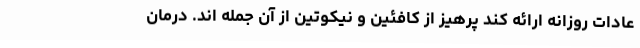
عادات روزانه ارائه کند پرهیز از کافئین و نیکوتین از آن جمله اند. درمان